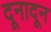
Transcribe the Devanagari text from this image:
दूनादून